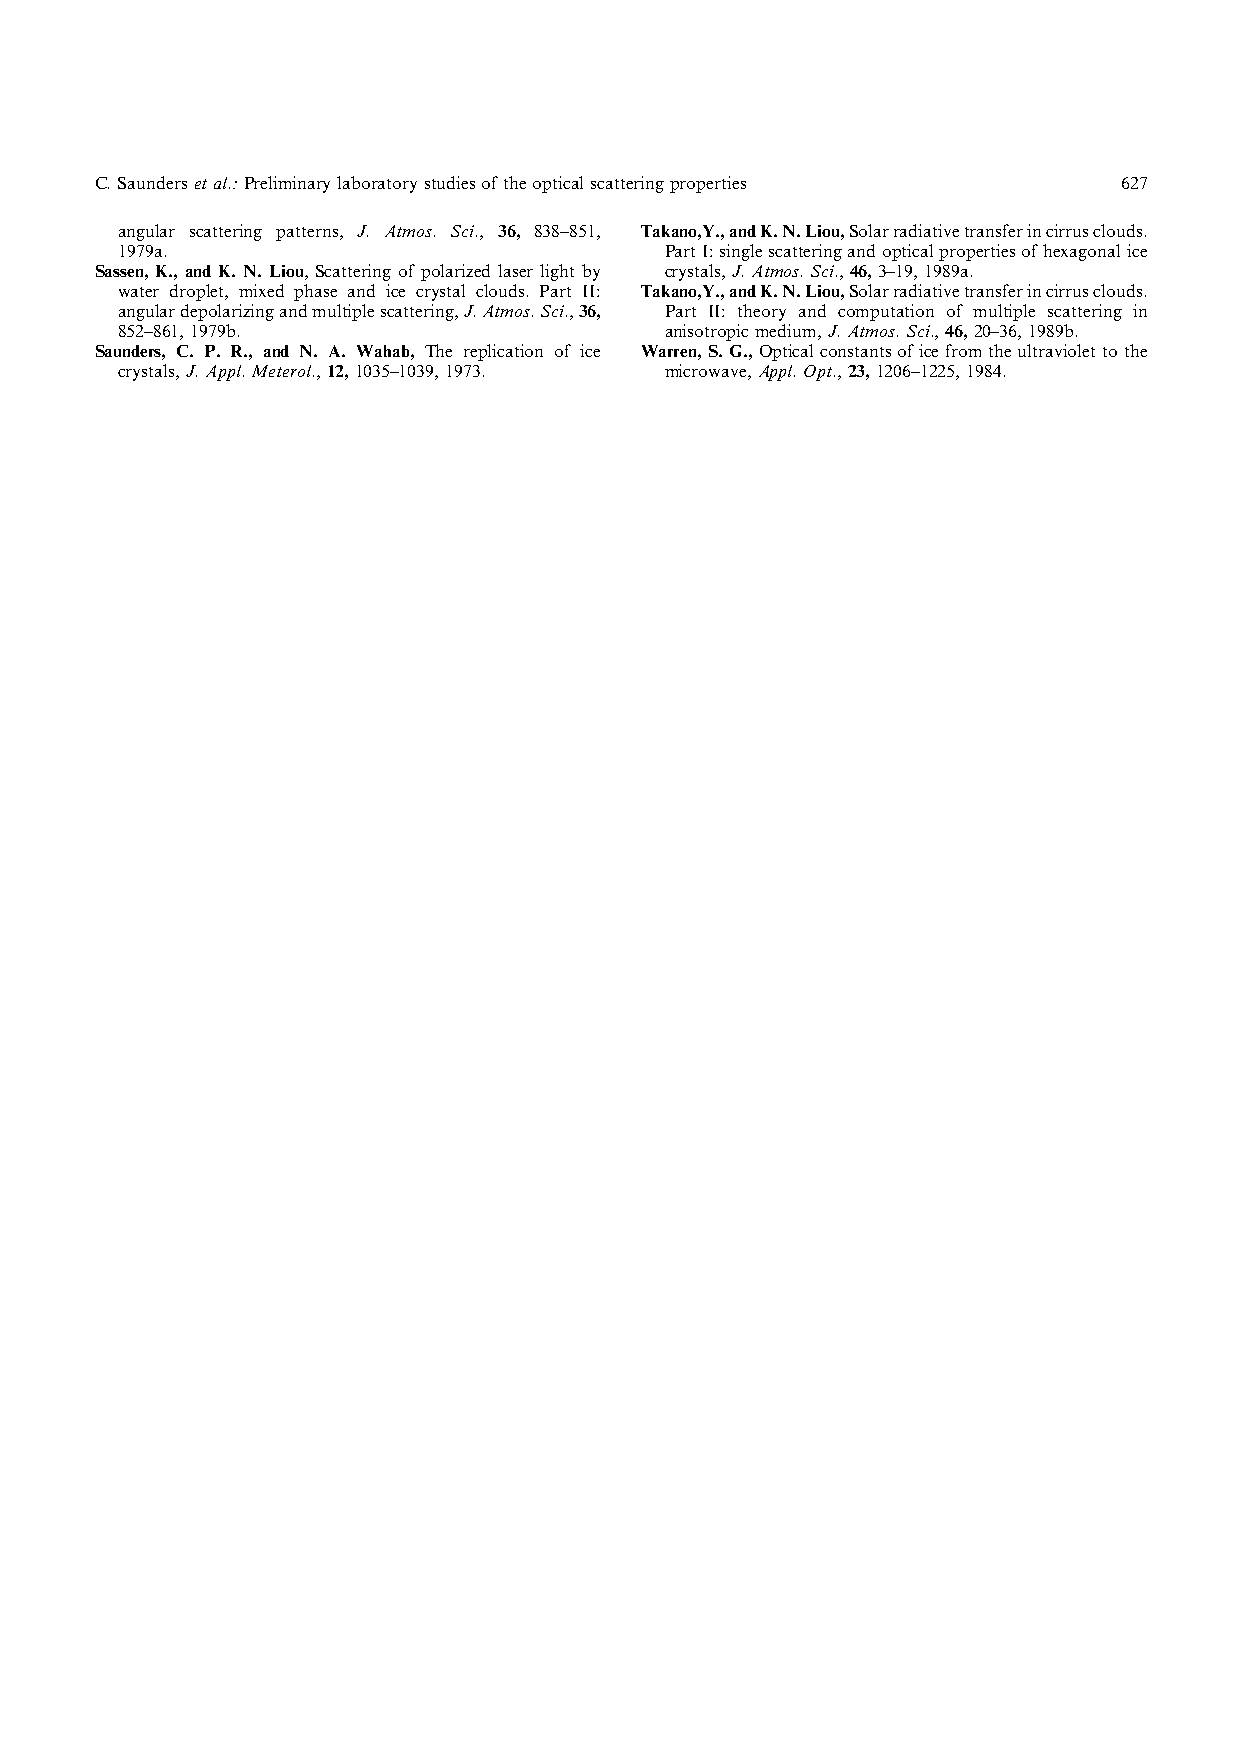
C.Saundersetal.:Preliminarylaboratorystudiesoftheopticalscatteringproperties 627
 angular scattering patterns, J. Atmos. Sci., 36, 838–851, Takano,Y.,andK.N.Liou,Solarradiativetransferincirrusclouds.
 1979a.                              PartI:singlescatteringandopticalpropertiesofhexagonalice
 Sassen, K., and K. N. Liou, Scattering of polarized laser light by crystals,J.Atmos.Sci.,46,3–19,1989a.
 water droplet, mixed phase and ice crystal clouds. Part II: Takano,Y.,andK.N.Liou,Solarradiativetransferincirrusclouds.
 angulardepolarizingandmultiplescattering,J.Atmos.Sci.,36, Part II: theory and computation of multiple scattering in
 852–861,1979b.                      anisotropicmedium,J.Atmos.Sci.,46,20–36,1989b.
 Saunders, C. P. R., and N. A. Wahab, The replication of ice Warren,S.G.,Opticalconstantsoficefromtheultraviolettothe
 crystals,J.Appl.Meterol.,12,1035–1039,1973. microwave,Appl.Opt.,23,1206–1225,1984.